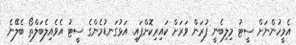
އެމީހުންނަށް ސީޓު މިލިބެނީ ފުރަން ވަރަށް ކައިރިކޮށްފައި. އަޅުގަނޑުމެންގެ ސީޓު އެވެއިލެބަލްތޯ ބެލޭނެ